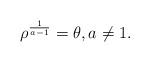
LaTeX: \begin{align*} \rho^{\frac{1}{a-1}} = \theta, a \neq 1.\end{align*}